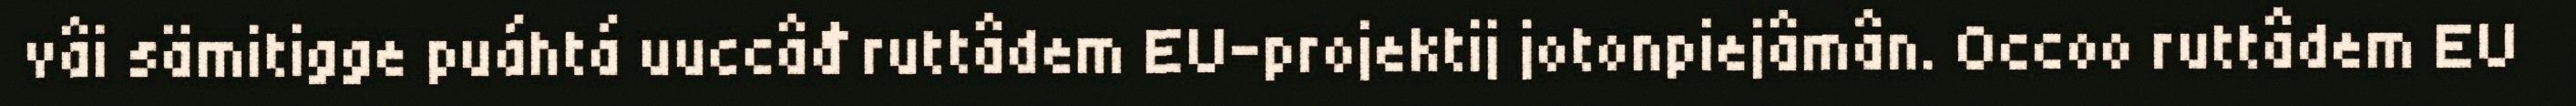
vâi sämitigge puáhtá uuccâđ ruttâdem EU-projektij jotonpiejâmân. Occoo ruttâdem EU